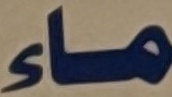
ماء